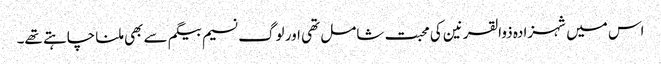
اس میں شہزادہ ذوالقرنین کی محبت شامل تھی اور لوگ نسیم بیگم سے بھی ملنا چاہتے تھے۔